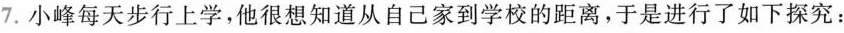
7.小峰每天步行上学，他很想知道从自己家到学校的距离，于是进行了如下探究：